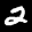
Label: 2